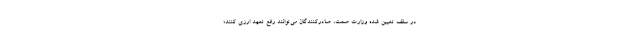
در سقف تعیین شده وزارت صمت، صادرکنندگان می‌توانند رفع تعهد ارزی کنند؛